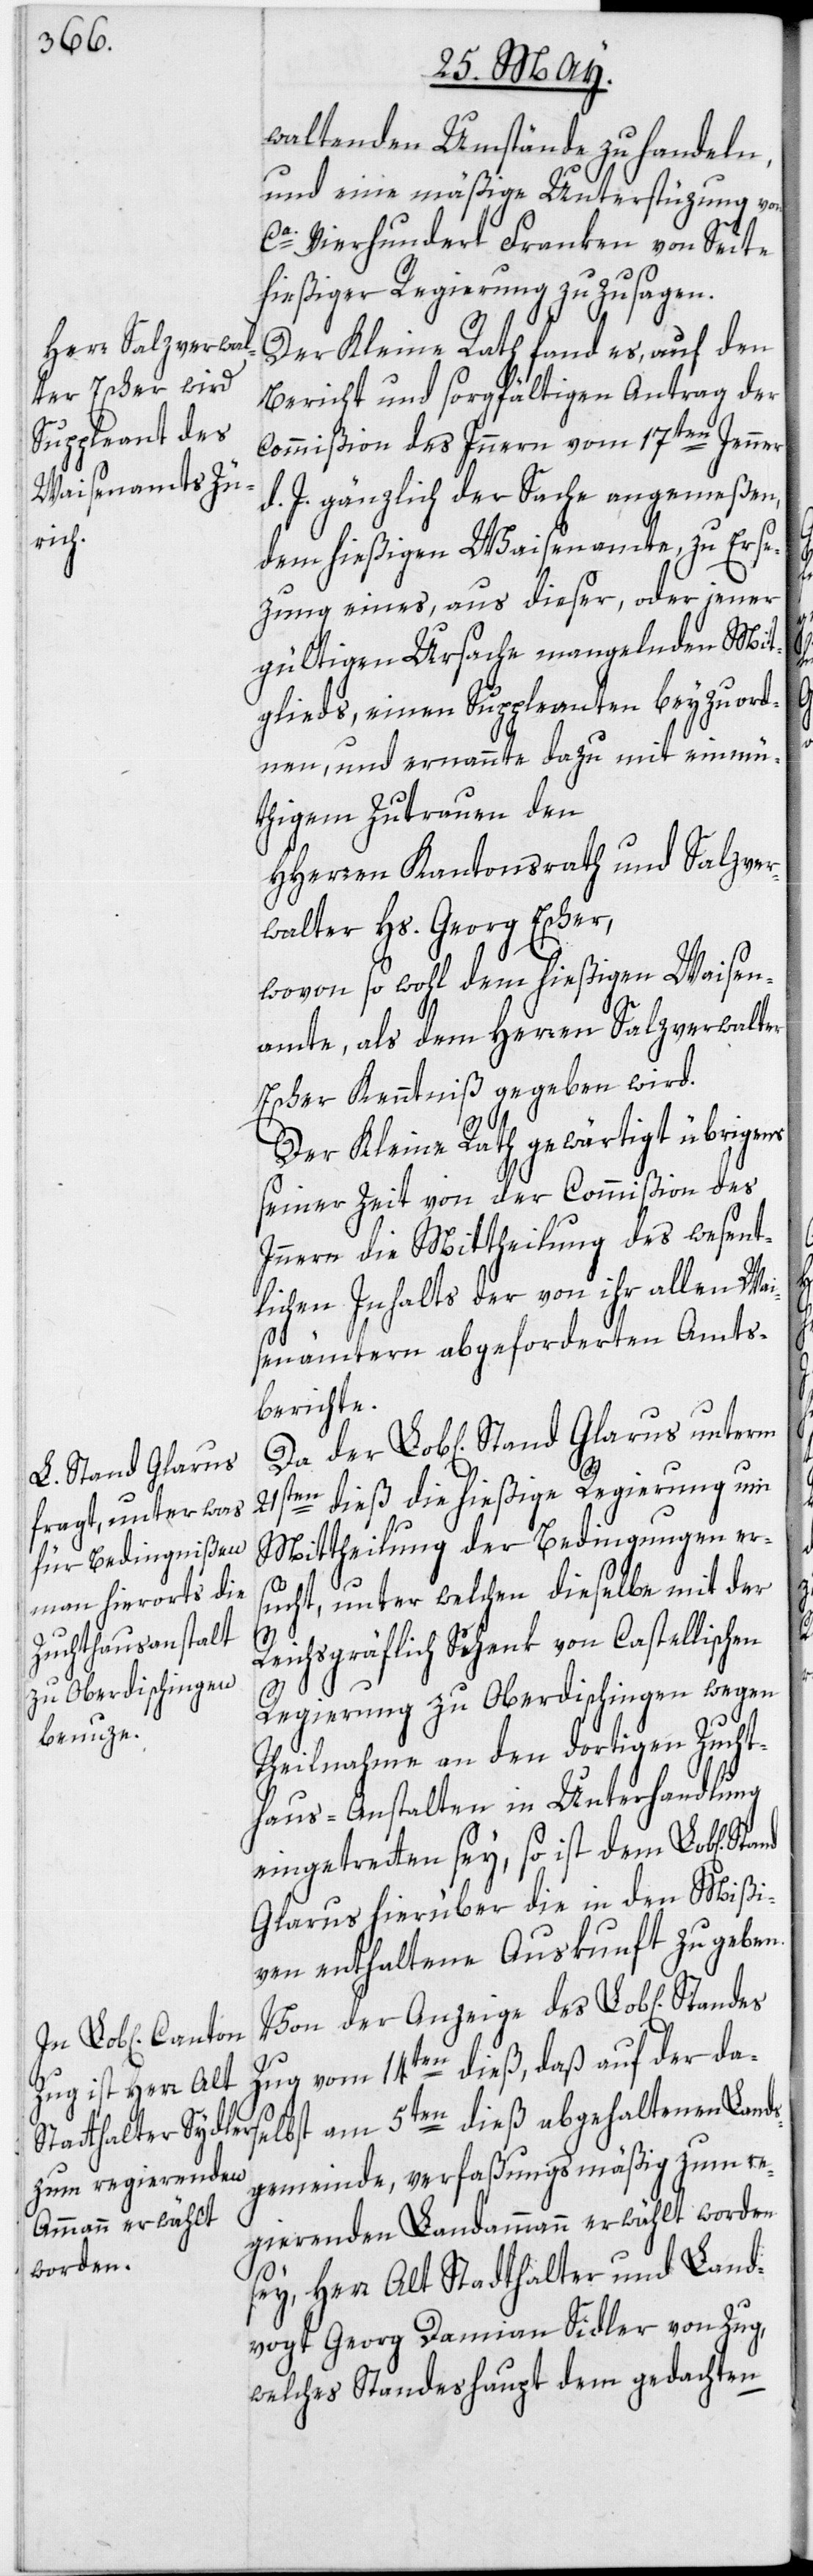
Stand Glarus

waltenden Umstände zu handeln,
und eine mäßige Unterstüzung von
ca. Vierhundert Franken von Seite
hießiger Regierung zuzusagen.
Der Kleine Rath fand es, auf den
Bericht und sorgfältigen Antrag der
Commißion des Innern vom 17ten Jenner
d. J. gänzlich der Sache angemeßen,
dem hießigen Waisenamte, zu Erse¬
zung eines, aus dieser, oder jener
gültigen Ursache mangelnden Mit¬
glieds, einen Suppleanten beyzuord¬
nen, und ernannte dazu mit einmü¬
thigem Zutrauen den
HHerren Kantonsrath und Salzver¬
walter Hs. Georg Escher,
wovon so wohl dem hießigen Waisen¬
amte, als dem Herren Salzverwalter
Escher Kenntniß gegeben wird.
Der Kleine Rath gewärtigt übrigens
seiner Zeit von der Commißion des
Innern die Mittheilung des wesent¬
lichen Inhalts der von ihr allen Wai¬
senämtern abgeforderten Amts¬
berichte.
21sten dieß die hießige Regierung um
Mittheilung der Bedingungen er¬
sucht, unter welchen dieselbe mit der
Reichsgräflich Schenk von Castellischen
Regierung zu Oberdischingen wegen
Theilnahme an den dortigen Zucht¬
haus-Anstalten in Unterhandlung
eingetretten sey, so ist dem Lob[lichen]
Glarus hierüber die in den Mißi¬
ven enthaltene Auskunft zu geben.
Von der Anzeige des Lob[lichen]
Zug vom 14ten dieß, daß auf der da¬
selbst am 5ten dieß abgehaltenen Lands¬
gemeinde, verfaßungsmäßig zum re¬
gierenden Landammann erwählt worden
sey, Herr Alt Statthalter und Land¬
vogt Georg Damian Sidler [sic!]
welches Standeshaupt dem gedachten